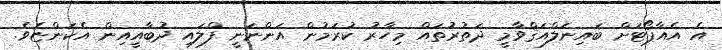
އެ އެއާޕޯޓަށް ބައިނަލްއަޤްވާމީ ދަތުރުތައް މިހާރު ކުރަމުން އަންނަނީ ފްލައި ދުބާއީއިން އެކަންޏެވެ.